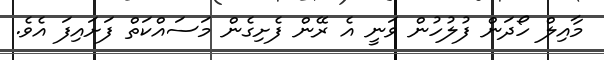
މާއިލް ހޯދަން ފުލުހުން ވަނީ އެ ރޭން ފެށިގެން މަސައްކަތް ފަށައިފަ އެވެ.